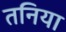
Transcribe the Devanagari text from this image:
तनिया